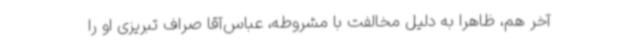
آخر هم، ظاهراً به دلیل مخالفت با مشروطه، عباس‌آقا صراف تبریزی او را